Civil Veterinary Dept. North-West Frontier Province 1923-32 - 1923-1932
Year: 1923
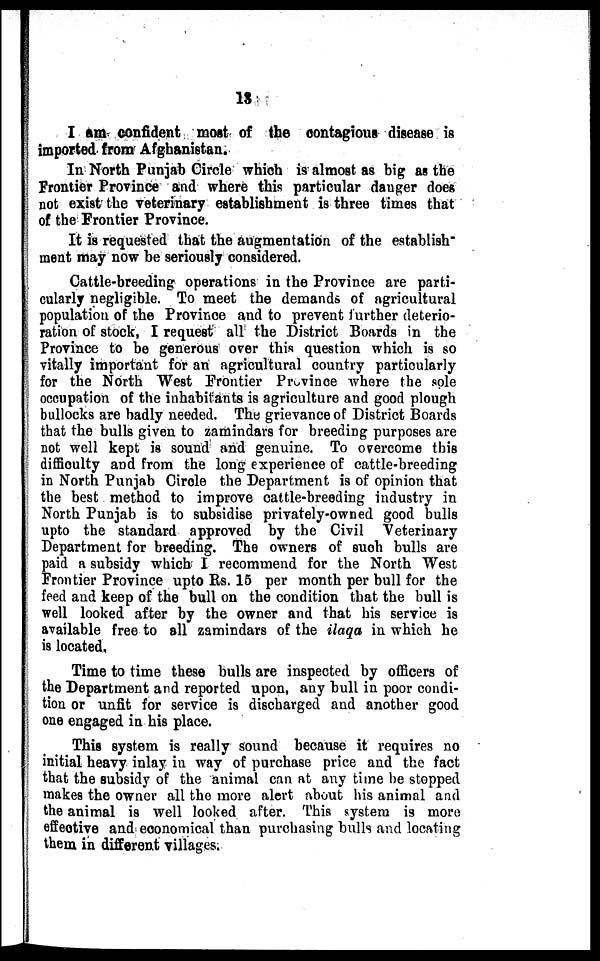
13
I am confident most of the contagious disease is
imported from Afghanistan.
In North Punjab Circle which is almost as big as the
Frontier Province and where this particular danger does
not exist the veterinary establishment is three times that
of the Frontier Province.
It is requested that the augmentation of the establish-
ment may now be seriously considered.
Cattle-breeding operations in the Province are parti-
cularly negligible. To meet the demands of agricultural
population of the Province and to prevent further deterio-
ration of stock, I request all the District Boards in the
Province to be generous over this question which is so
vitally important for an agricultural country particularly
for the North West Frontier Province where the sole
occupation of the inhabitants is agriculture and good plough
bullocks are badly needed. The grievance of District Boards
that the bulls given to zamindars for breeding purposes are
not well kept is sound and genuine. To overcome this
difficulty and from the long experience of cattle-breeding
in North Punjab Circle the Department is of opinion that
the best method to improve cattle-breeding industry in
North Punjab is to subsidise privately-owned good bulls
upto the standard approved by the Civil Veterinary
Department for breeding. The owners of such bulls are
paid a subsidy which I recommend for the North West
Frontier Province upto Rs. 15 per month per bull for the
feed and keep of the bull on the condition that the bull is
well looked after by the owner and that his service is
available free to all zamindars of the ilaqa in which he
is located.
Time to time these bulls are inspected by officers of
the Department and reported upon, any bull in poor condi-
tion or unfit for service is discharged and another good
one engaged in his place.
This system is really sound because it requires no
initial heavy inlay in way of purchase price and the fact
that the subsidy of the animal can at any time be stopped
makes the owner all the more alert about his animal and
the animal is well looked after. This system is more
effective and economical than purchasing bulls and locating
them in different villages.